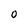
Character: O